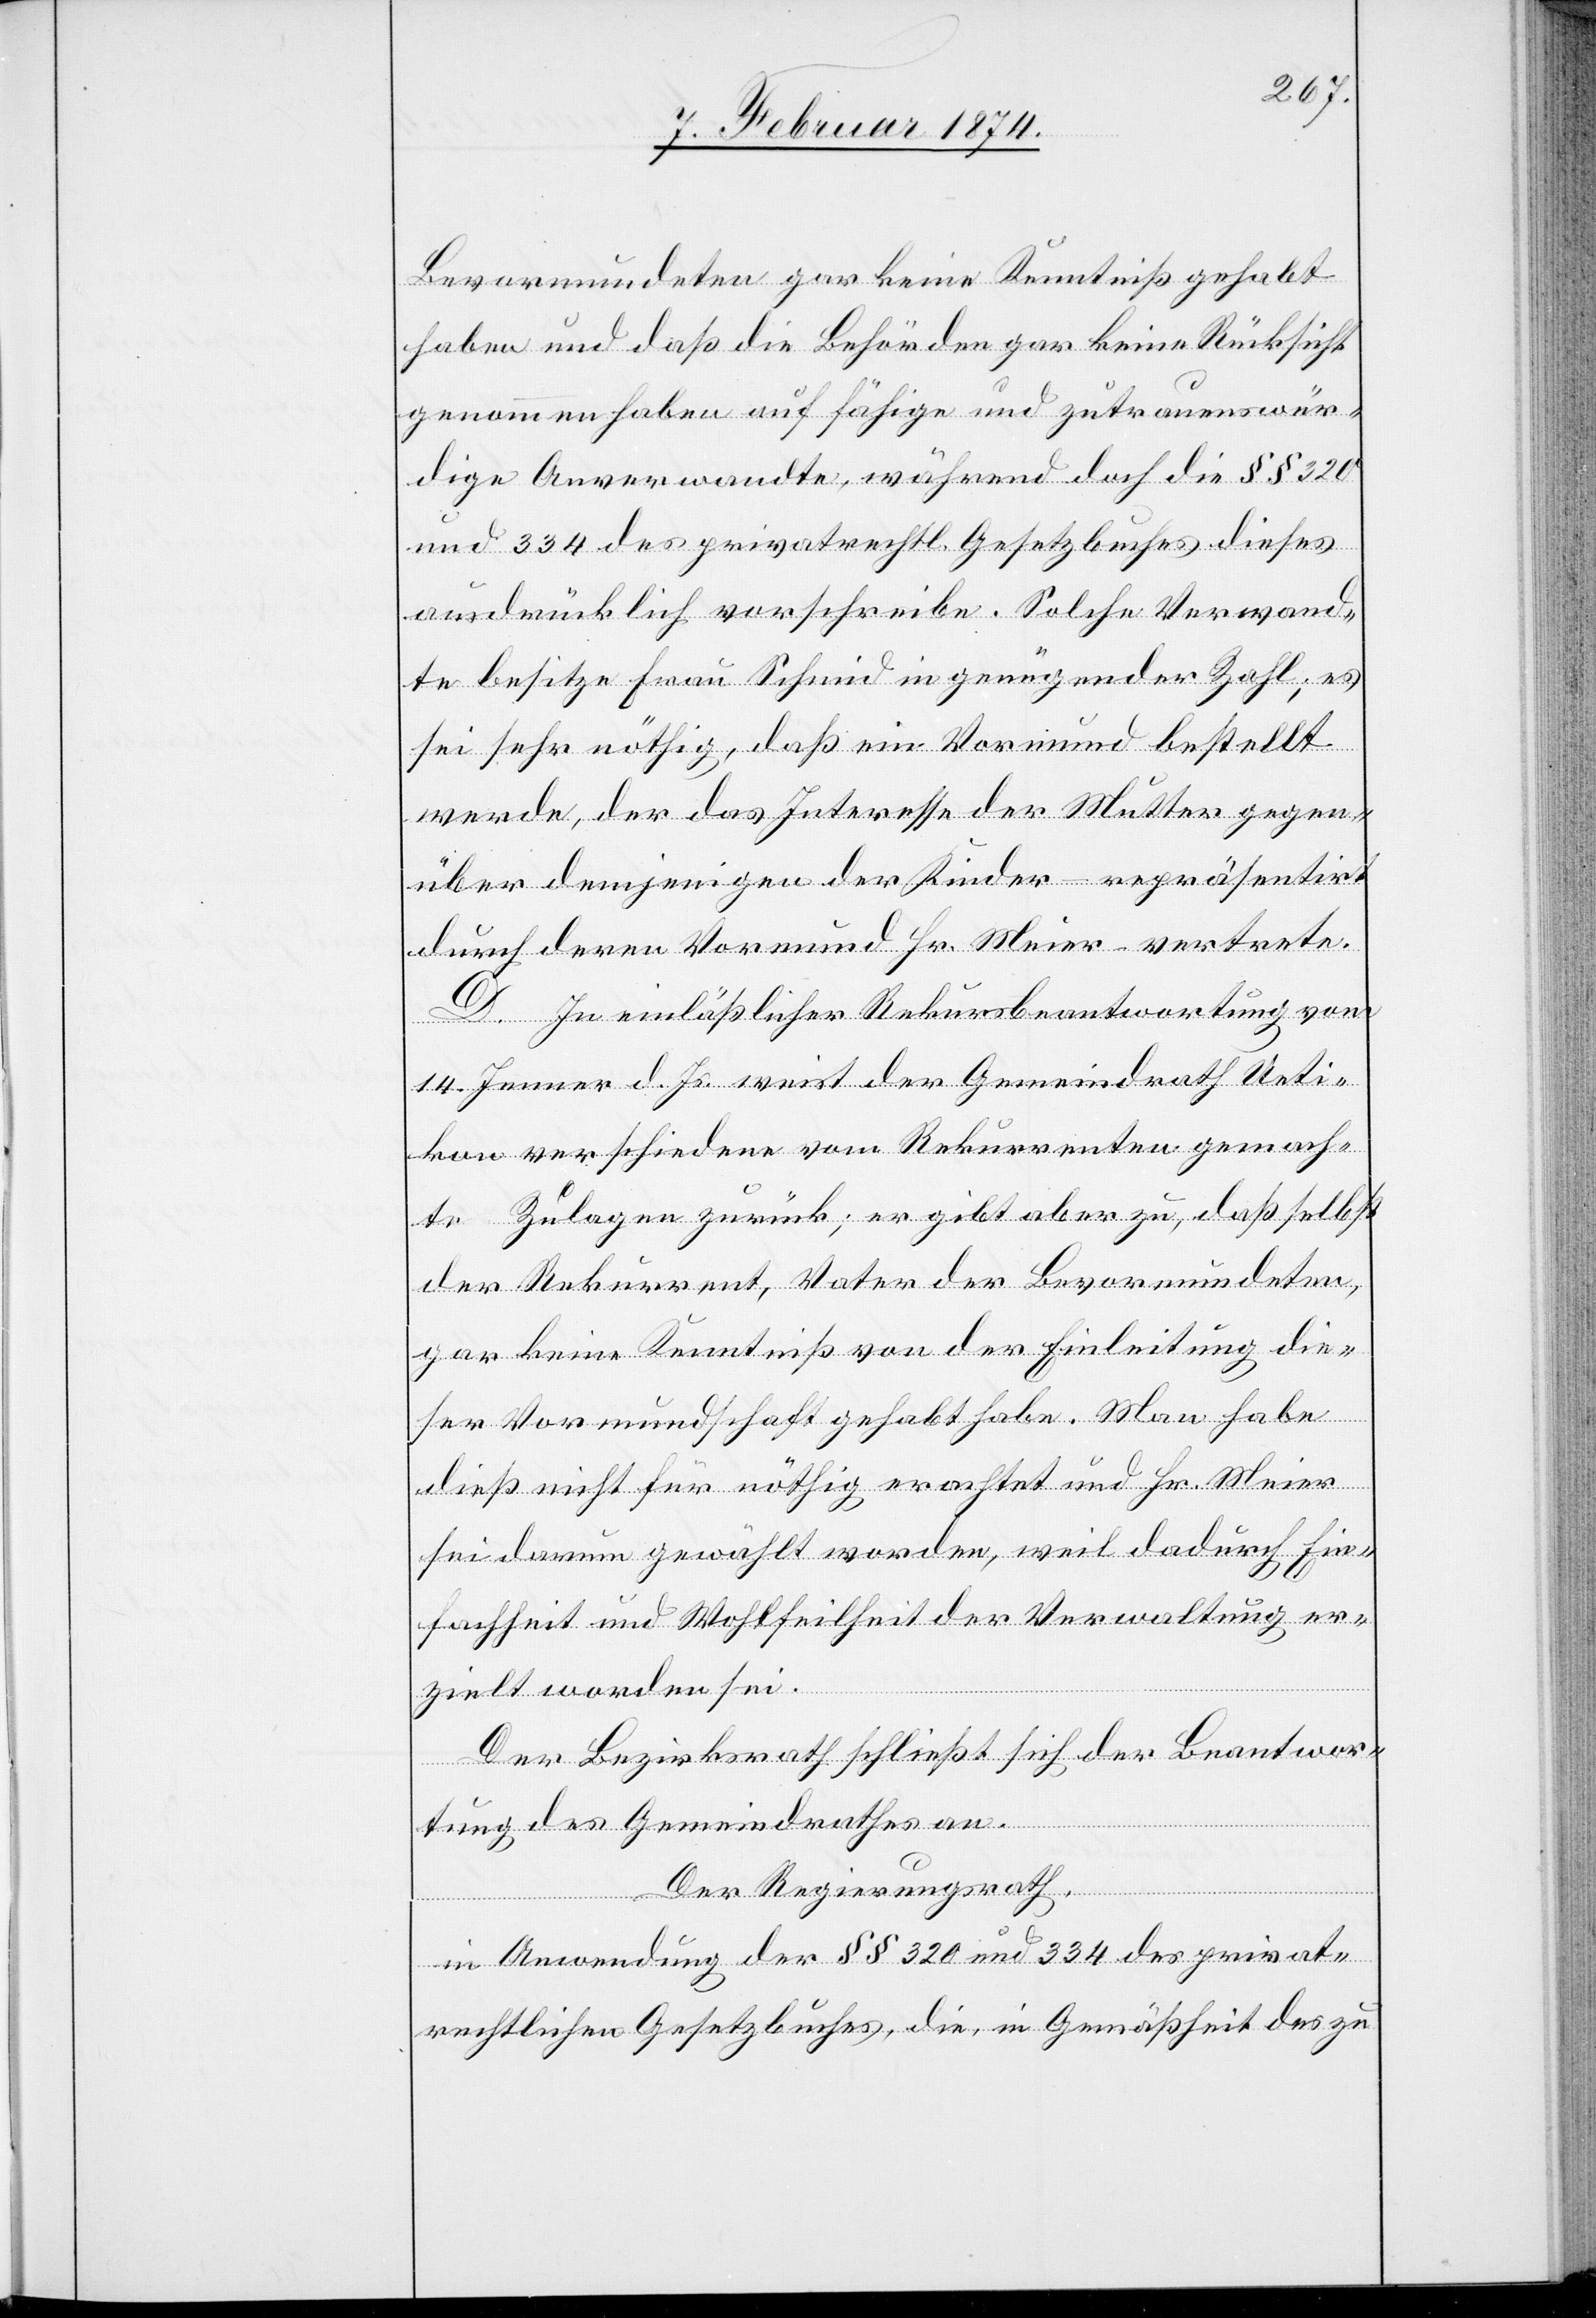
Bevormundeten gar keine Kenntniß gehabt
haben und dieß die Behörden gar keine Rücksicht
genommen haben auf fähige und zutrauenswür¬
dige Anverwandte, während doch die §§ 320
und 334 des privatrechtl. Gesetzbuches dieses
ausdrücklich vorschreibe. Solche Verwand¬
te besitze Frau Schmid in genügender Zahl, es
sei sehr nöthig, daß ein Vormund bestellt
werde, der das Interesse der Mutter gegen¬
über demjenigen der Kinder – repräsentirt
durch deren Vormund Hr. Meier – vertrete.
D. In einläßlicher Rekursbeantwortung vom
14. Jenner d. Js. weist der Gemeindrath Ueti¬
kon verschiedene vom Rekurrenten gemach¬
te Zulagen zurück; er gibt aber zu, daß selbst
der Rekurrent, Vater der Bevormundeten,
gar keine Kenntniß von der Einleitung die¬
ser Vormundschaft gehabt habe. Man habe
dieß nicht für nöthig erachtet und Hr. Meier
sei darum gewählt worden, weil dadurch Ein¬
fachheit und Wohlfeilheit der Verwaltung er¬
zielt worden sei.
Der Bezirksrath schließt sich der Beantwor¬
tung des Gemeindrathes an.
Der Regierungsrath,
in Anwendung der §§ 320 und 334 des privat¬
rechtlichen Gesetzbuches, die, in Gemäßheit des zu